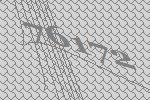
76172